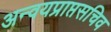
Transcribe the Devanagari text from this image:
अन्वयप्राप्तसचिव